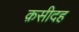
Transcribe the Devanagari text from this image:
क़सीदह